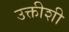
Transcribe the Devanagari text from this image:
उक्तीशी